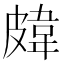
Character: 𥀊